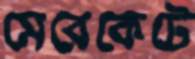
মেরেকেটে